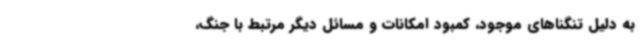
به دلیل تنگناهای موجود، کمبود امکانات و مسائل دیگر مرتبط با جنگ،